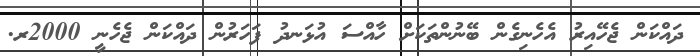
ދައްކަން ޖެހޭއިރު އެހެނިގެން ބޭނުންތަކަށް ހާއްސަ އުޅަނދު ފަހަރުން ދައްކަން ޖެހެނީ 2000ރ.